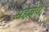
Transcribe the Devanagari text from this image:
सहबंध